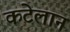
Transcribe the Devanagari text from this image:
कटेलान